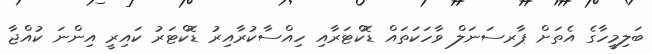
ބަލިމީހާގެ އެތަށް ޕާރސަނަލް ވާހަކަތައް ޑޮކްޓަރާއި ހިއްސާކުރާއިރު ޑޮކްޓަރު ކައިރީ އިންނަ ކުއްޖާ